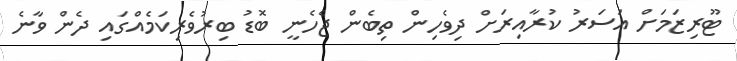
ޓޫރިޒަމަށް އަސަރު ކުރާއިރަށް ދިވެހިން ތިބެން ޖެހެނީ ބޮޑު ބިރުވެރިކަމެއްގައި ދެން ވާނެ